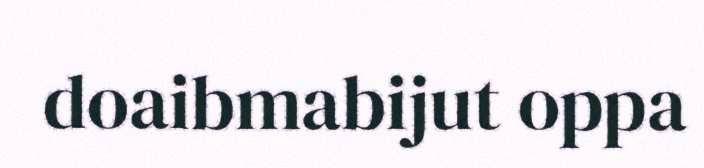
doaibmabijut oppa